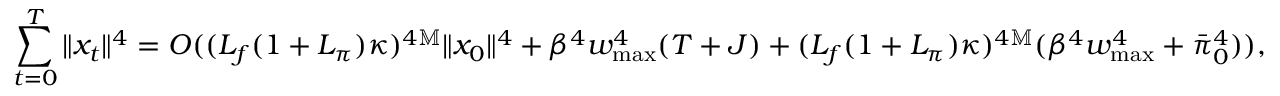
\sum _ { t = 0 } ^ { T } \| x _ { t } \| ^ { 4 } = O ( ( L _ { f } ( 1 + L _ { \pi } ) \kappa ) ^ { 4 \mathbb M } \| x _ { 0 } \| ^ { 4 } + \beta ^ { 4 } w _ { \operatorname* { m a x } } ^ { 4 } ( T + J ) + ( L _ { f } ( 1 + L _ { \pi } ) \kappa ) ^ { 4 \mathbb M } ( \beta ^ { 4 } w _ { \operatorname* { m a x } } ^ { 4 } + \bar { \pi } _ { 0 } ^ { 4 } ) ) ,